Annual report of the Civil Veterinary Department, Bengal, for the year 1897-98 - 1897-1898
Year: 1897
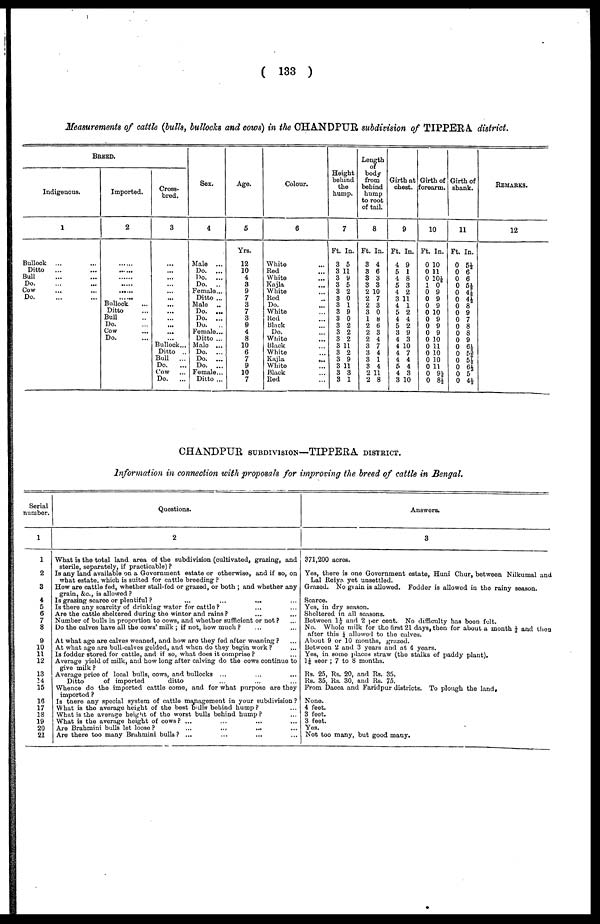
(133)
Measurements of cattle (bulls, bullocks and cows) in the CHANDPUR subdivision of TIPPERA district.
BREED.
Indigenous.
1
Bullock ... ...
Ditto
... ...
Bull ... ...
Do. ... ...
Cow ... ...
Do.
Imported.
2
......
......
......
......
Bullock ...
Ditto ...
Bull ...
Do. ...
Cow ...
Do. ...
Cross-
bred.
3
...
...
...
...
...
...
...
...
...
...
...
... Bullock...
Ditto ...
Bull
...
Do. ...
Cow ...
Do.
...
Sex.
4
Male ...
Do. ...
Do. ...
Do.
...
Female...
Ditto ...
Male ...
Do. ...
Do. ...
Do.
...
Female...
Ditto ...
Male ...
Do. ...
Do. ...
Do. ...
Female ...
Ditto ...
Age.
5
Yrs.
12
10
4
3
9
7
3
7
3
9
4
8
10
6
7
9
10
7
Colour.
6
White ...
Red ...
White ...
Kajla ...
White ...
Red ...
Do. ...
White ...
Red ...
Black ...
Do. ...
White ...
Black ...
White ...
Kajla
...
...
White ...
Black ...
Red ...
Height
behind
the
hump.
7
Ft. In.
3 5
3 11
3 9
3 5
3 2
3 0
3 1
3 9
3 0
3 2
3 2
3 2
3 11
3 2
3 9
3 11
3 3
3 1
Length
of
body
from
behind
hump
to root
of tail.
8
Ft. In.
3 4
3 6
3 3
3 3
2 10
2 7
2 3
3 0
1 8
2 6
2 3
2 4
3 7
3 4
3 1
3 4
2 11
2 8
Girth at
chest.
9
Ft. In.
4 9
5 1
4 8
5 3
4 2
3 11
4 1
5 2
4 4
5 2
3 9
4 3
4 10
4 7
4 4
5 4
4 3
3 10
Girth of
forearm.
10
Ft. In.
0 10
0 11
0 10½
1 0
0 9
0 9
0 9
0 10
0 9
0 9
0 9
0 10
0 11
0 10
0 10
0 11
0 9½
0 8½
Girth of
shank.
11
Ft. In.
0 5½
0 6
0 6
0 5½
0 4½
0 4½
0 8
0 9
0 7
0 8
0 8
0 9
0 6½
0 53/4
0 5½
0 6½
0 5
0 4½
REMARKS.
12
CHANDPUR SUBDIVISON—TIPPERA DISTRICT.
Information in connection with proposals for improving the breed of cattle in Bengal.
Serial
number.
1
1
2
3
4
5
6
7
8
9
10
11
12
13
14
15
16
17
18
19
20
21
Questions.
2
What is the total land area of the subdivision (cultivated, grazing, and
sterile, separately, if practicable)?
Is any land available on a Government estate or otherwise, and if so, on
what estate, which is suited for cattle breeding?
How are cattle fed, whether stall-fed or grazed, or both; and whether any
grain, &c., is allowed?
Is grazing scarce or plentiful? ... ... ... ...
Is there any scarcity of drinking water for cattle? ... ...
Are the cattle sheltered during the winter and rains? ... ...
Number of bulls in proportion to cows, and whether sufficient or not? ...
Do the calves have all the cows' milk; if not, how much? ... ...
At what age are calves weaned, and how are they fed after weaning? ...
At what age are bull-calves gelded, and when do they begin work? ...
Is fodder stored for cattle, and if so, what does it comprise? ...
Average yield of milk, and how long after calving do the cows continue to
give milk?
Average price of local bulls, cows, and bullocks ... ... ...
Ditto
of imported
ditto ... ... ...
Whence do the imported cattle come, and for what purpose are they
imported?
Is there any special system of cattle management in your subdivision?
What is the average height of the best bulls behind hump? ...
What is the average height of the worst bulls behind hump? ...
What is the average height of cows? ... ... ... ...
Are Brahmini bulls let loose?
...
...
...
Are there too many Brahmini bulls? ... ... ... ...
Answers.
3
371,200 acres.
Yes, there is one Government estate, Huni Chur, between Nilkumal and
Lal Reiya yet unsettled.
Grazed. No grain is allowed. Fodder is allowed in the rainy season.
Scarce.
Yes, in dry season.
Sheltered in all seasons.
Between 1½ and 2 per cent. No difficulty has been felt.
No. Whole milk for the first 21 days, then for about a month ½ and then
after this 1/4 allowed to the calves.
About 9 or 10 months, grazed.
Between 2 and 3 years and at 4 years.
Yes, in some places straw (the stalks of paddy plant).
11/4 seer; 7 to 8 months.
Rs. 25, Rs. 20, and Rs. 35.
Rs. 35, Rs. 30, and Rs. 75.
From Dacca and Faridpur districts. To plough the land.
None.
4 feet.
3 feet.
3 feet.
Yes.
Not too many, but good many.